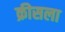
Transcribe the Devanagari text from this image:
क्रीसला